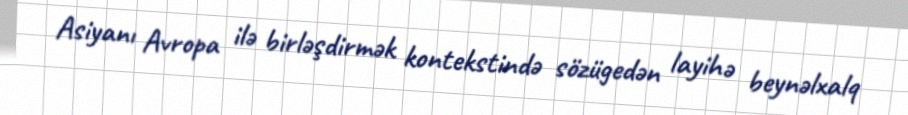
Asiyanı Avropa ilə birləşdirmək kontekstində sözügedən layihə beynəlxalq